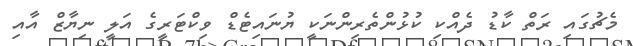
މެޗުގައި ރަތް ކާޑު ދެއްކި ކުޅުންތެރިންނަކީ ޔުނައިޓެޑް ވިކްޓަރީގެ އަލީ ނިޔާޒް އާއި